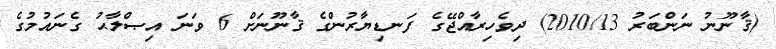
(ޤާނޫނު ނަންބަރު 2010/13) ދިވެހިރާއްޖޭގެ ފަނޑިޔާރުންގެ ޤާނޫނަށް 6 ވަނަ އިޞްލާޙު ގެނައުމުގެ